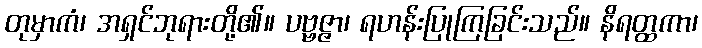
တုမှာကံ၊ အရှင်ဘုရားတို့၏။ ပဗ္ဗဇ္ဇာ၊ ရဟန်းပြုကြခြင်းသည်။ နိရတ္ထကာ၊